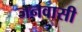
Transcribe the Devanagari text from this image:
जनवासी